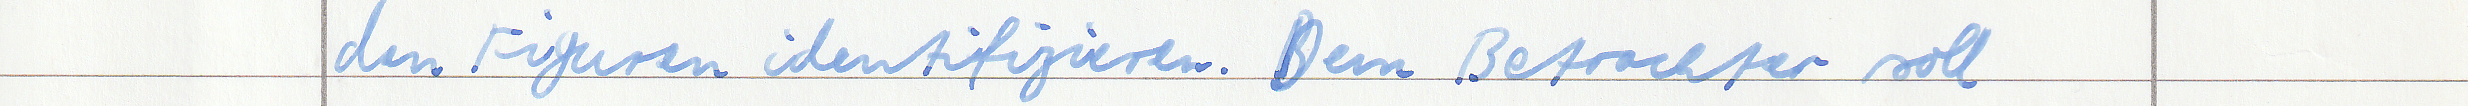
den Figuren identifizieren. Dem Betrachter soll